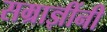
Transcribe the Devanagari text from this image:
सम्राज्ञींनी